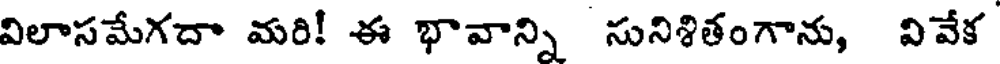
విలాసమేగదా మరి! ఈ భావాన్ని సునిశితంగాను, వివేక